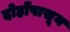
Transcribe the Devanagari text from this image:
दोहोंपासून